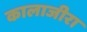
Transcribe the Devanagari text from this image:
कालाजीरा